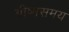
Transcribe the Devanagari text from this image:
ग्रीष्मसमय